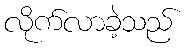
လိုက်လာခဲ့သည်